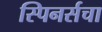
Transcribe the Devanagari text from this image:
स्पिनर्सचा